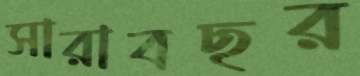
সারাবছর